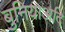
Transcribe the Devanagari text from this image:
बुनियाअदि